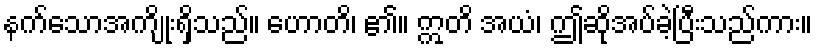
နက်သောအကျိုးရှိသည်။ ဟောတိ၊ ၏။ ဣတိ အယံ၊ ဤဆိုအပ်ခဲ့ပြီးသည်ကား။